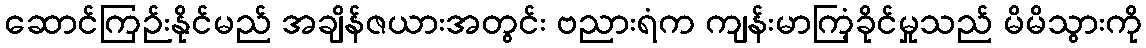
ဆောင်ကြဉ်းနိုင်မည် အချိန်ဇယားအတွင်း ဗညားရံက ကျန်းမာကြံ့ခိုင်မှုသည် မိမိသွားကို